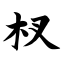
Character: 杈